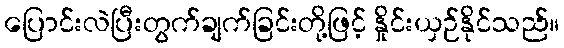
ပြောင်းလဲပြီးတွက်ချက်ခြင်းတို့ဖြင့် နှိုင်းယှဉ်နိုင်သည်။